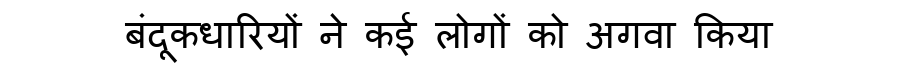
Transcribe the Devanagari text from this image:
बंदूकधारियों ने कई लोगों को अगवा किया